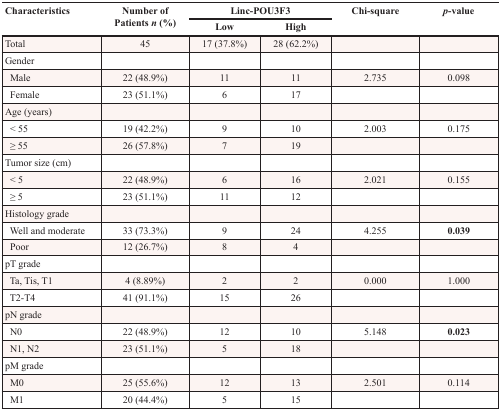
<table><thead><tr><td rowspan="2"><b>Characteristics</b></td><td rowspan="2"><b>Number of Patients <i>n</i> (%)</b></td><td colspan="2"><b>Linc-POU3F3</b></td><td rowspan="2"><b>Chi-square</b></td><td rowspan="2"><b><i>p</i>-value</b></td></tr><tr><td><b>Low</b></td><td><b>High</b></td></tr></thead><tbody><tr><td>Total</td><td>45</td><td>17 (37.8%)</td><td>28 (62.2%)</td><td></td><td></td></tr><tr><td>Gender</td><td></td><td></td><td></td><td></td><td></td></tr><tr><td>Male</td><td>22 (48.9%)</td><td>11</td><td>11</td><td>2.735</td><td>0.098</td></tr><tr><td>Female</td><td>23 (51.1%)</td><td>6</td><td>17</td><td></td><td></td></tr><tr><td>Age (years)</td><td></td><td></td><td></td><td></td><td></td></tr><tr><td>&lt; 55</td><td>19 (42.2%)</td><td>9</td><td>10</td><td>2.003</td><td>0.175</td></tr><tr><td>≥ 55</td><td>26 (57.8%)</td><td>7</td><td>19</td><td></td><td></td></tr><tr><td>Tumor size (cm)</td><td></td><td></td><td></td><td></td><td></td></tr><tr><td>&lt; 5</td><td>22 (48.9%)</td><td>6</td><td>16</td><td>2.021</td><td>0.155</td></tr><tr><td>≥ 5</td><td>23 (51.1%)</td><td>11</td><td>12</td><td></td><td></td></tr><tr><td>Histology grade</td><td></td><td></td><td></td><td></td><td></td></tr><tr><td>Well and moderate</td><td>33 (73.3%)</td><td>9</td><td>24</td><td>4.255</td><td><b>0.039</b></td></tr><tr><td>Poor</td><td>12 (26.7%)</td><td>8</td><td>4</td><td></td><td></td></tr><tr><td>pT grade</td><td></td><td></td><td></td><td></td><td></td></tr><tr><td>Ta, Tis, T1</td><td>4 (8.89%)</td><td>2</td><td>2</td><td>0.000</td><td>1.000</td></tr><tr><td>T2-T4</td><td>41 (91.1%)</td><td>15</td><td>26</td><td></td><td></td></tr><tr><td>pN grade</td><td></td><td></td><td></td><td></td><td></td></tr><tr><td>N0</td><td>22 (48.9%)</td><td>12</td><td>10</td><td>5.148</td><td><b>0.023</b></td></tr><tr><td>N1, N2</td><td>23 (51.1%)</td><td>5</td><td>18</td><td></td><td></td></tr><tr><td>pM grade</td><td></td><td></td><td></td><td></td><td></td></tr><tr><td>M0</td><td>25 (55.6%)</td><td>12</td><td>13</td><td>2.501</td><td>0.114</td></tr><tr><td>M1</td><td>20 (44.4%)</td><td>5</td><td>15</td><td></td><td></td></tr></tbody></table>